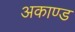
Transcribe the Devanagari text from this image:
अकाण्ड